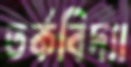
তর্কবিদ্যা